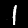
Digit: 1